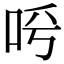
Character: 𠰗